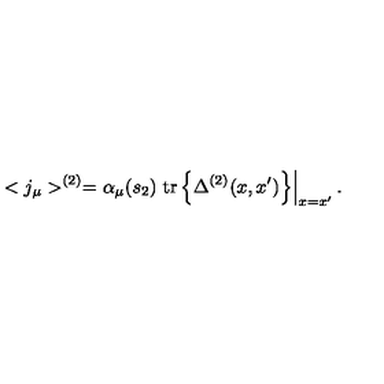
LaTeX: < j _ { \mu } > ^ { ( 2 ) } = \alpha _ { \mu } ( s _ { 2 } ) \left. \mathrm { t r } \left\{ \Delta ^ { ( 2 ) } ( x , x ^ { \prime } ) \right\} \right| _ { x = x ^ { \prime } } .